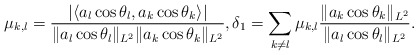
\begin{align*}\mu_{k,l}=\frac{\left| \langle a_l\cos\theta_l, a_{k}\cos\theta_{k}\rangle \right|}{\|a_l\cos\theta_l\|_{L^2}\|a_k\cos\theta_k\|_{L^2}},\delta_1= \sum_{k\neq l} \mu_{k,l}\frac{\|a_k\cos \theta_k\|_{L^2}}{\|a_l\cos \theta_l\|_{L^2}} .\end{align*}